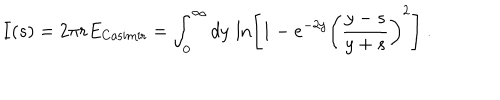
I ( s ) = 2 \pi r E _ { \mathrm { C a s i m i r } } = \int _ { 0 } ^ { \infty } d y \, \ln \left[ 1 - e ^ { - 2 y } \left( { \frac { y - s } { y + s } } \right) ^ { 2 } \right] \ .